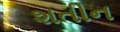
શતીન